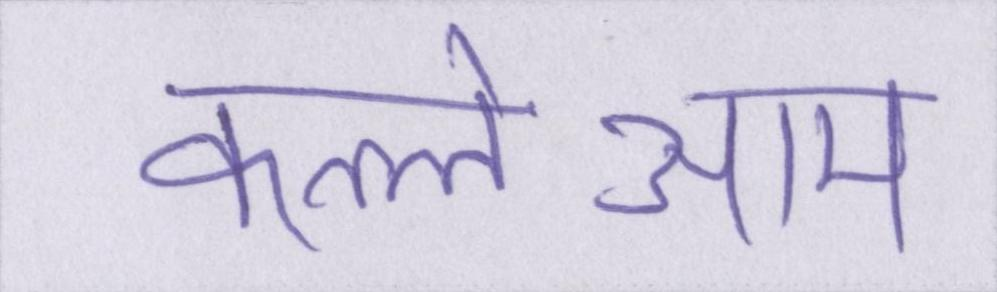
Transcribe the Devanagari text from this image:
कत्लेआम